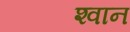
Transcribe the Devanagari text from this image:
श्‍वान